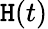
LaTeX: \mathtt{H}(t)